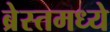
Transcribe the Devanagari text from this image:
ब्रेस्तमध्ये